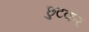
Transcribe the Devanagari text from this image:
छुटकर